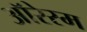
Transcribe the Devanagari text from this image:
ऑरेस्म